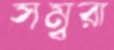
সম্বরা